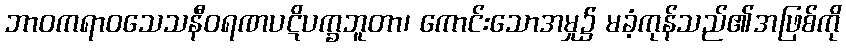
ဘာဝကရာဝသေသနီဝရဏပဋိပက္ခဘူတာ၊ ကောင်းသောအမှု၌ မခံ့ကုန်သည်၏အဖြစ်ကို